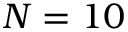
N = 1 0